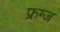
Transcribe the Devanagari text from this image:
फ्रग्ज